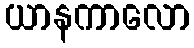
ယာနကာလော